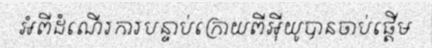
អំពីដំណើរការបន្ទាប់ក្រោយពីអ៊ីយូបានចាប់ផ្តើម